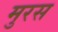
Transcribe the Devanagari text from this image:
मुरस